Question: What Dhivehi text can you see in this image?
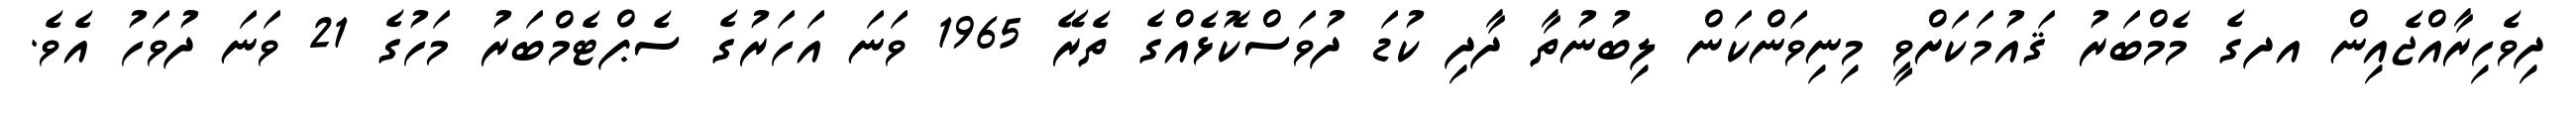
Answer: ދިވެހިރާއްޖެއިން އދގެ މެމްބަރު ޤައުމަކަށްވީ މިނިވަންކަން ލިބުނުތާ ދާދި ކުޑަ ދުވަސްކޮޅެއްގެ ތެރޭ 1965 ވަނަ އަހަރުގެ ސެޕްޓެމްބަރު މަހުގެ 21 ވަނަ ދުވަހު އެވެ.